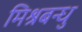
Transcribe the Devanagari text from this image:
मिश्रबन्धु